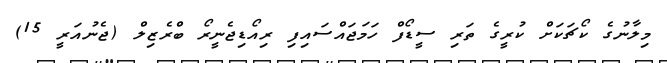
މިލާނުގެ ކޯޗަކަށް ކުރީގެ ތަރި ސީޑޯފް ހަމަޖައްސައިފި ރިއޯޑިޖެނީރޯ ބްރެޒިލް (ޖެނުއަރީ 15)